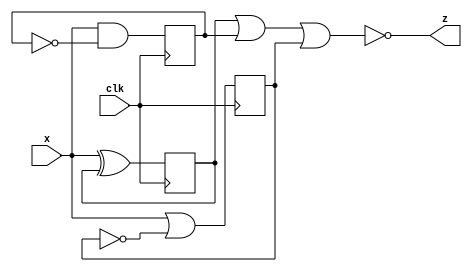
module top_module (
    input clk,
    input x,
    output z
); 
    
    reg q0, q1, q2;
    
    always @(posedge clk) begin
        q0 <= x ^ q0; 
        q1 <= x & !q1;
        q2 <= x | !q2;
    end

    assign  z = ~(q0 | q1 | q2);
endmodule